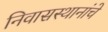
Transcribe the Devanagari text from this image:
निवासस्थानांचे